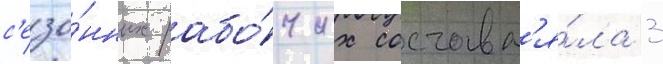
с'езо́нных рабо́чих составл'я́ла 3